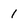
Character: 1